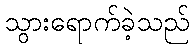
သွားရောက်ခဲ့သည်